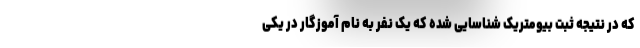
که در نتیجه ثبت بیومتریک شناسایی شده که یک نفر به نام آموزگار در یکی